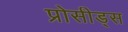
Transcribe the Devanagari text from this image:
प्रोसीड्स